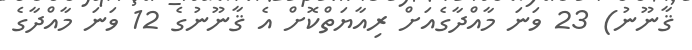
ޤާނޫނު) 23 ވަނަ މާއްދާގެއަށް ރިއާޔަތްކޮށް އެ ޤާނޫނުގެ 12 ވަނަ މާއްދާގެ